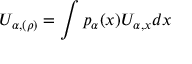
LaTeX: U _ { \alpha , ( \rho ) } = \int p _ { \alpha } ( x ) U _ { \alpha , x } d x